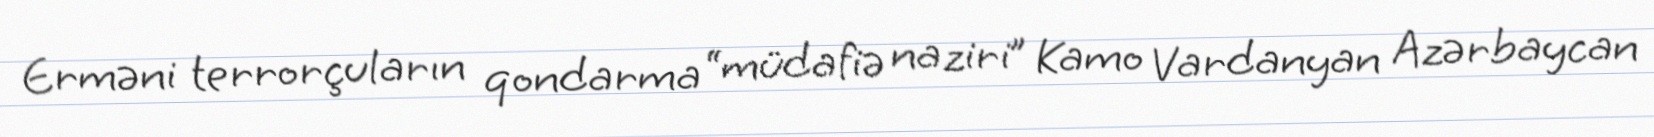
Erməni terrorçuların qondarma “müdafiə naziri” Kamo Vardanyan Azərbaycan